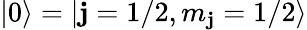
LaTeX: |0\rangle=|\mathbf{j}=1/2,m_{\mathbf{j}}=1/2\rangle